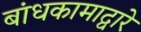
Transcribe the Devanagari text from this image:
बांधकामाद्वारे